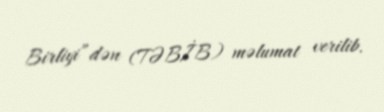
Birliyi”dən (TƏBİB) məlumat verilib.